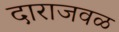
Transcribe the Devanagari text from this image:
दाराजवळ